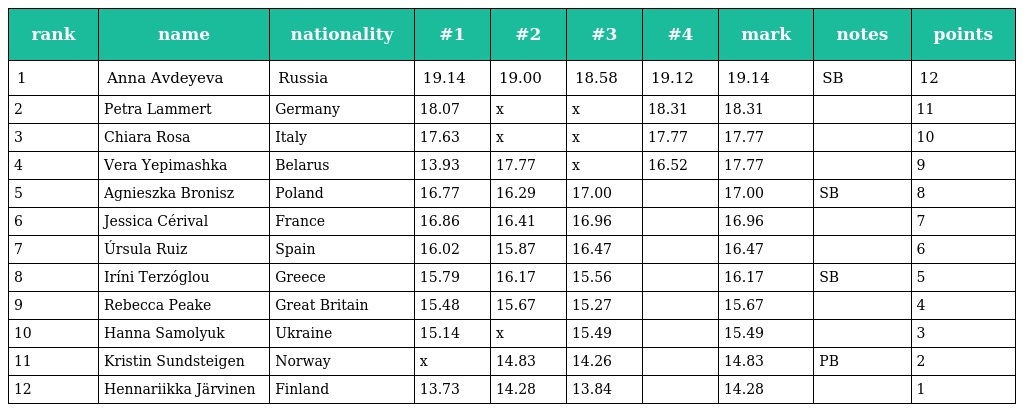
| rank | name | nationality | #1 | #2 | #3 | #4 | mark | notes | points |
 | --- | --- | --- | --- | --- | --- | --- | --- | --- | --- |
 | 1 | Anna Avdeyeva | Russia | 19.14 | 19.00 | 18.58 | 19.12 | 19.14 | SB | 12 |
 | 2 | Petra Lammert | Germany | 18.07 | x | x | 18.31 | 18.31 |  | 11 |
 | 3 | Chiara Rosa | Italy | 17.63 | x | x | 17.77 | 17.77 |  | 10 |
 | 4 | Vera Yepimashka | Belarus | 13.93 | 17.77 | x | 16.52 | 17.77 |  | 9 |
 | 5 | Agnieszka Bronisz | Poland | 16.77 | 16.29 | 17.00 |  | 17.00 | SB | 8 |
 | 6 | Jessica Cérival | France | 16.86 | 16.41 | 16.96 |  | 16.96 |  | 7 |
 | 7 | Úrsula Ruiz | Spain | 16.02 | 15.87 | 16.47 |  | 16.47 |  | 6 |
 | 8 | Iríni Terzóglou | Greece | 15.79 | 16.17 | 15.56 |  | 16.17 | SB | 5 |
 | 9 | Rebecca Peake | Great Britain | 15.48 | 15.67 | 15.27 |  | 15.67 |  | 4 |
 | 10 | Hanna Samolyuk | Ukraine | 15.14 | x | 15.49 |  | 15.49 |  | 3 |
 | 11 | Kristin Sundsteigen | Norway | x | 14.83 | 14.26 |  | 14.83 | PB | 2 |
 | 12 | Hennariikka Järvinen | Finland | 13.73 | 14.28 | 13.84 |  | 14.28 |  | 1 |